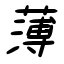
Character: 薄